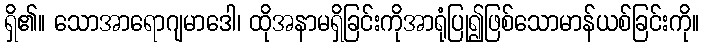
ရှိ၏။ သောအာရောဂျမာဒေါ၊ ထိုအနာမရှိခြင်းကိုအာရုံပြု၍ဖြစ်သောမာန်ယစ်ခြင်းကို။